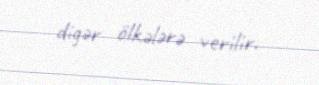
digər ölkələrə verilir.